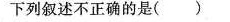
下列叙述不正确的是( )